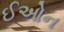
ઈઓન